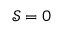
\mathcal { S } = 0